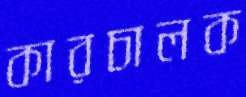
কারচালক